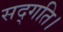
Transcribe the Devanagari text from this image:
सद्गति।